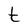
Character: t